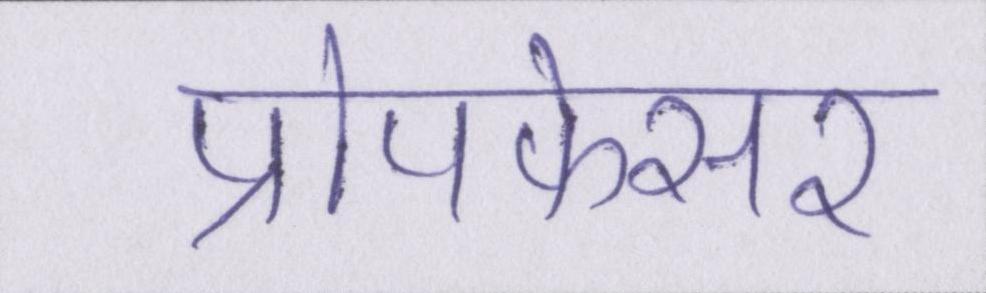
प्रोपफेसर